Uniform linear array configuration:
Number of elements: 32
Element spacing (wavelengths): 0.5
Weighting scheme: cosine
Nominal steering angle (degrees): -15
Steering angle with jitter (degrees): -14.247
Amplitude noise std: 0.05
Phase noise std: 0.05

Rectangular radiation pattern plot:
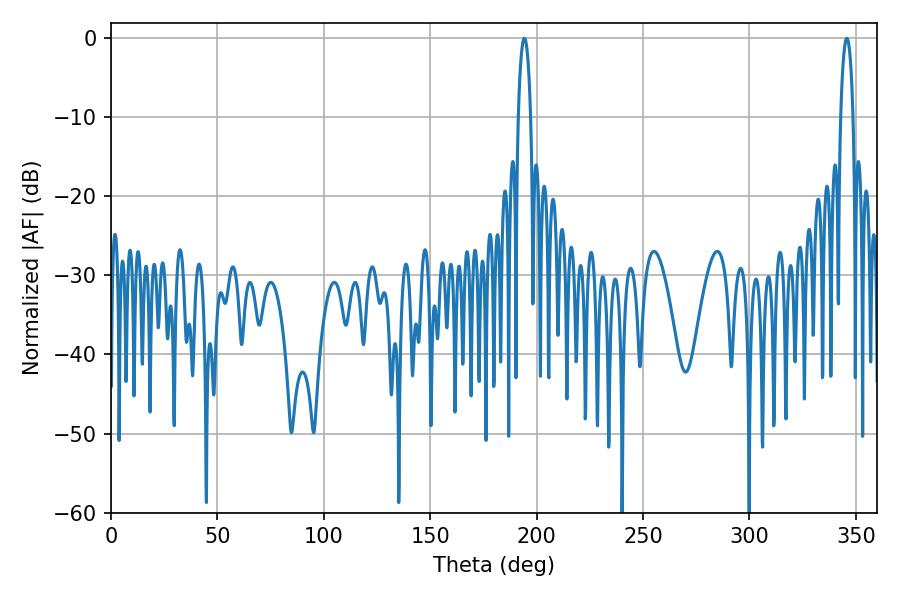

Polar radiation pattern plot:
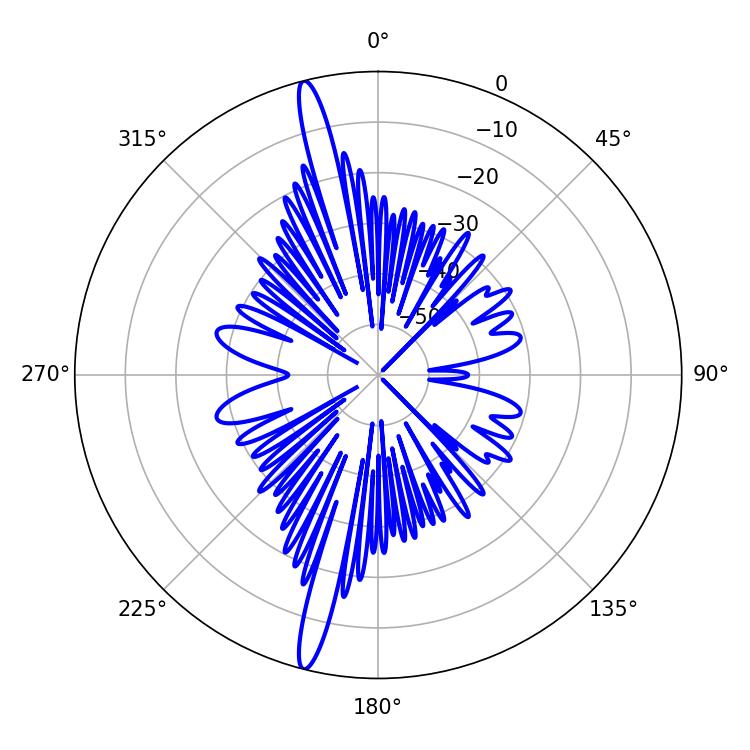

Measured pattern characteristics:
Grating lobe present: FALSE
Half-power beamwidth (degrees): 3.24
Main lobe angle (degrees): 194.22